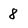
Character: 8